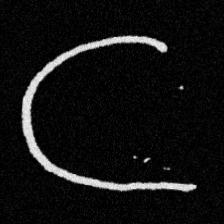
Pyu character \u2014 Myanmar letter: ဋ (romanized: tta)